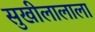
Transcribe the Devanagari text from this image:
सुखीलालाला